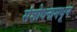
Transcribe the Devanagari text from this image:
संशोधनामधून